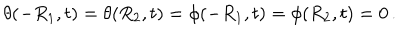
\theta ( - R _ { 1 } , t ) = \theta ( R _ { 2 } , t ) = \phi ( - R _ { 1 } , t ) = \phi ( R _ { 2 } , t ) = 0 \, .